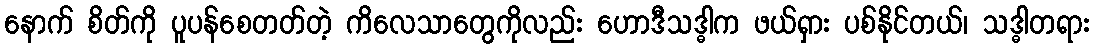
နောက် စိတ်ကို ပူပန်စေတတ်တဲ့ ကိလေသာတွေကိုလည်း ဟောဒီသဒ္ဓါက ဖယ်ရှား ပစ်နိုင်တယ်၊ သဒ္ဓါတရား